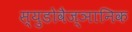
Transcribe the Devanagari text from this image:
स्युडोवैज्ञानिक